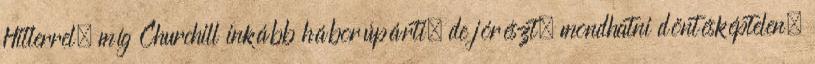
Hitlerrel, míg Churchill inkább háborúpárti, de jórészt, mondhatni döntésképtelen.